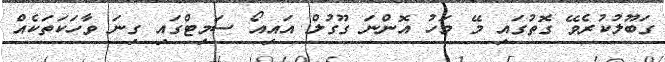
ގަބޫލުކުރެވޭ ގޮތުގައި މޭ މަހު އޮންނަ ގޫގުލް އައިއޯ ސަމިޓްގައި ގިނަ ވާހަކަތަކެއް